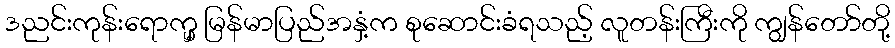
ဒညင်းကုန်းရောက္မှ မြန်မာပြည်အနှံ့က စုဆောင်းခံရသည့် လူတန်းကြီးကို ကျွန်တော်တို့